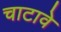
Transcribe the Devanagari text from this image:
चाटावे